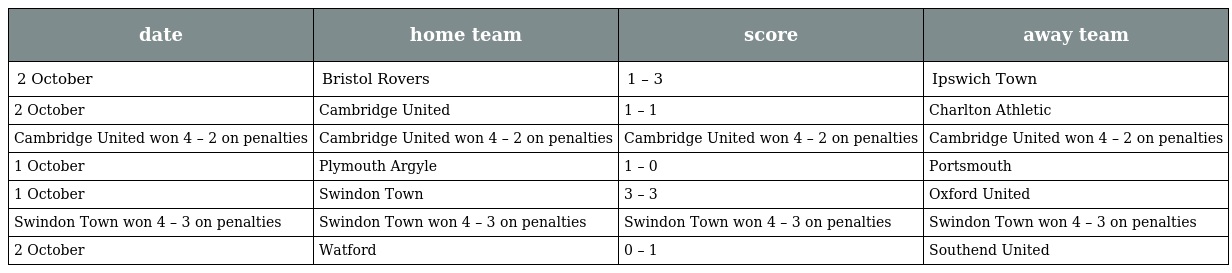
| date | home team | score | away team |
 | --- | --- | --- | --- |
 | 2 October | Bristol Rovers | 1 – 3 | Ipswich Town |
 | 2 October | Cambridge United | 1 – 1 | Charlton Athletic |
 | Cambridge United won 4 – 2 on penalties | Cambridge United won 4 – 2 on penalties | Cambridge United won 4 – 2 on penalties | Cambridge United won 4 – 2 on penalties |
 | 1 October | Plymouth Argyle | 1 – 0 | Portsmouth |
 | 1 October | Swindon Town | 3 – 3 | Oxford United |
 | Swindon Town won 4 – 3 on penalties | Swindon Town won 4 – 3 on penalties | Swindon Town won 4 – 3 on penalties | Swindon Town won 4 – 3 on penalties |
 | 2 October | Watford | 0 – 1 | Southend United |